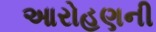
આરોહણની